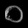
Digit: ၀